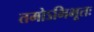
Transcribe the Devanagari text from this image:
तमोऽभिभूतः